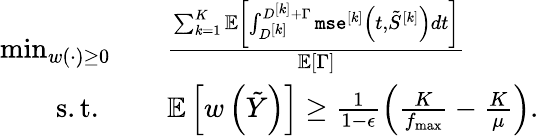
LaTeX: \begin{array}{rl}{\operatorname*{min}_{w(\cdot)\geq 0}}&{\quad\frac{\sum_{k=1}^{K}{\mathbb{E}}\left[\int_{D^{[k]}}^{D^{[k]}+\Gamma}\texttt{mse}^{[k]}\left(t,\tilde{S}^{[k]}\right)dt\right]}{\mathbb{E}\left[\Gamma\right]}}\\ {\mathrm{s.t.~}}&{\quad{\mathbb{E}}\left[w\left(\tilde{Y}\right)\right]\geq\frac{1}{1-\epsilon}\left(\frac{K}{f_{\operatorname*{max}}}-\frac{K}{\mu}\right).}\end{array}